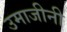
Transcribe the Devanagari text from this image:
उमाजीनी